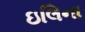
ઇલિના